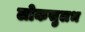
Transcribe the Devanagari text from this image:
लोकसुलभ